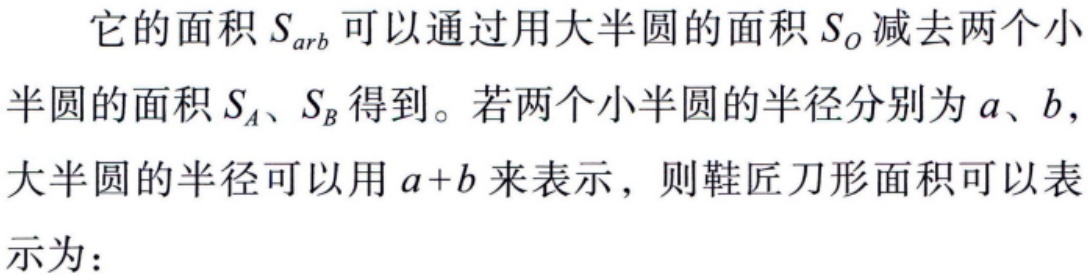
它的面积 \(S_{arb}\) 可以通过用大半圆的面积 \(S_O\) 减去两个小半圆的面积 \(S_A、S_B\) 得到。若两个小半圆的半径分别为 \(a、b\)，大半圆的半径可以用 \(a + b\) 来表示，则鞋匠刀形面积可以表示为：